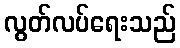
လွတ်လပ်ရေးသည်